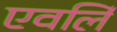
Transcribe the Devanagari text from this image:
एवर्लि